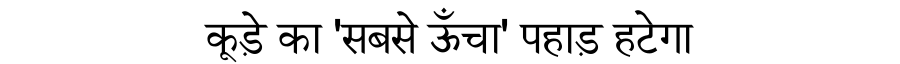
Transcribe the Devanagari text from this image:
कूड़े का 'सबसे ऊँचा' पहाड़ हटेगा